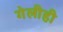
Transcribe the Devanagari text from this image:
गेलीही